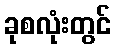
ခုစလုံးတွင်